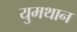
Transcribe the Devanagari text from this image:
युमथान